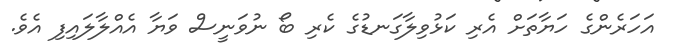
އަހަރެންގެ ހަޔާތަށް އެރި ކަޅުވިލާގަނޑުގެ ކެރި ބޯ ނުވަނީސް ވަޔާ އެއްލާލައިފި އެެވެ.